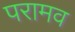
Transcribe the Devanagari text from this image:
परामव